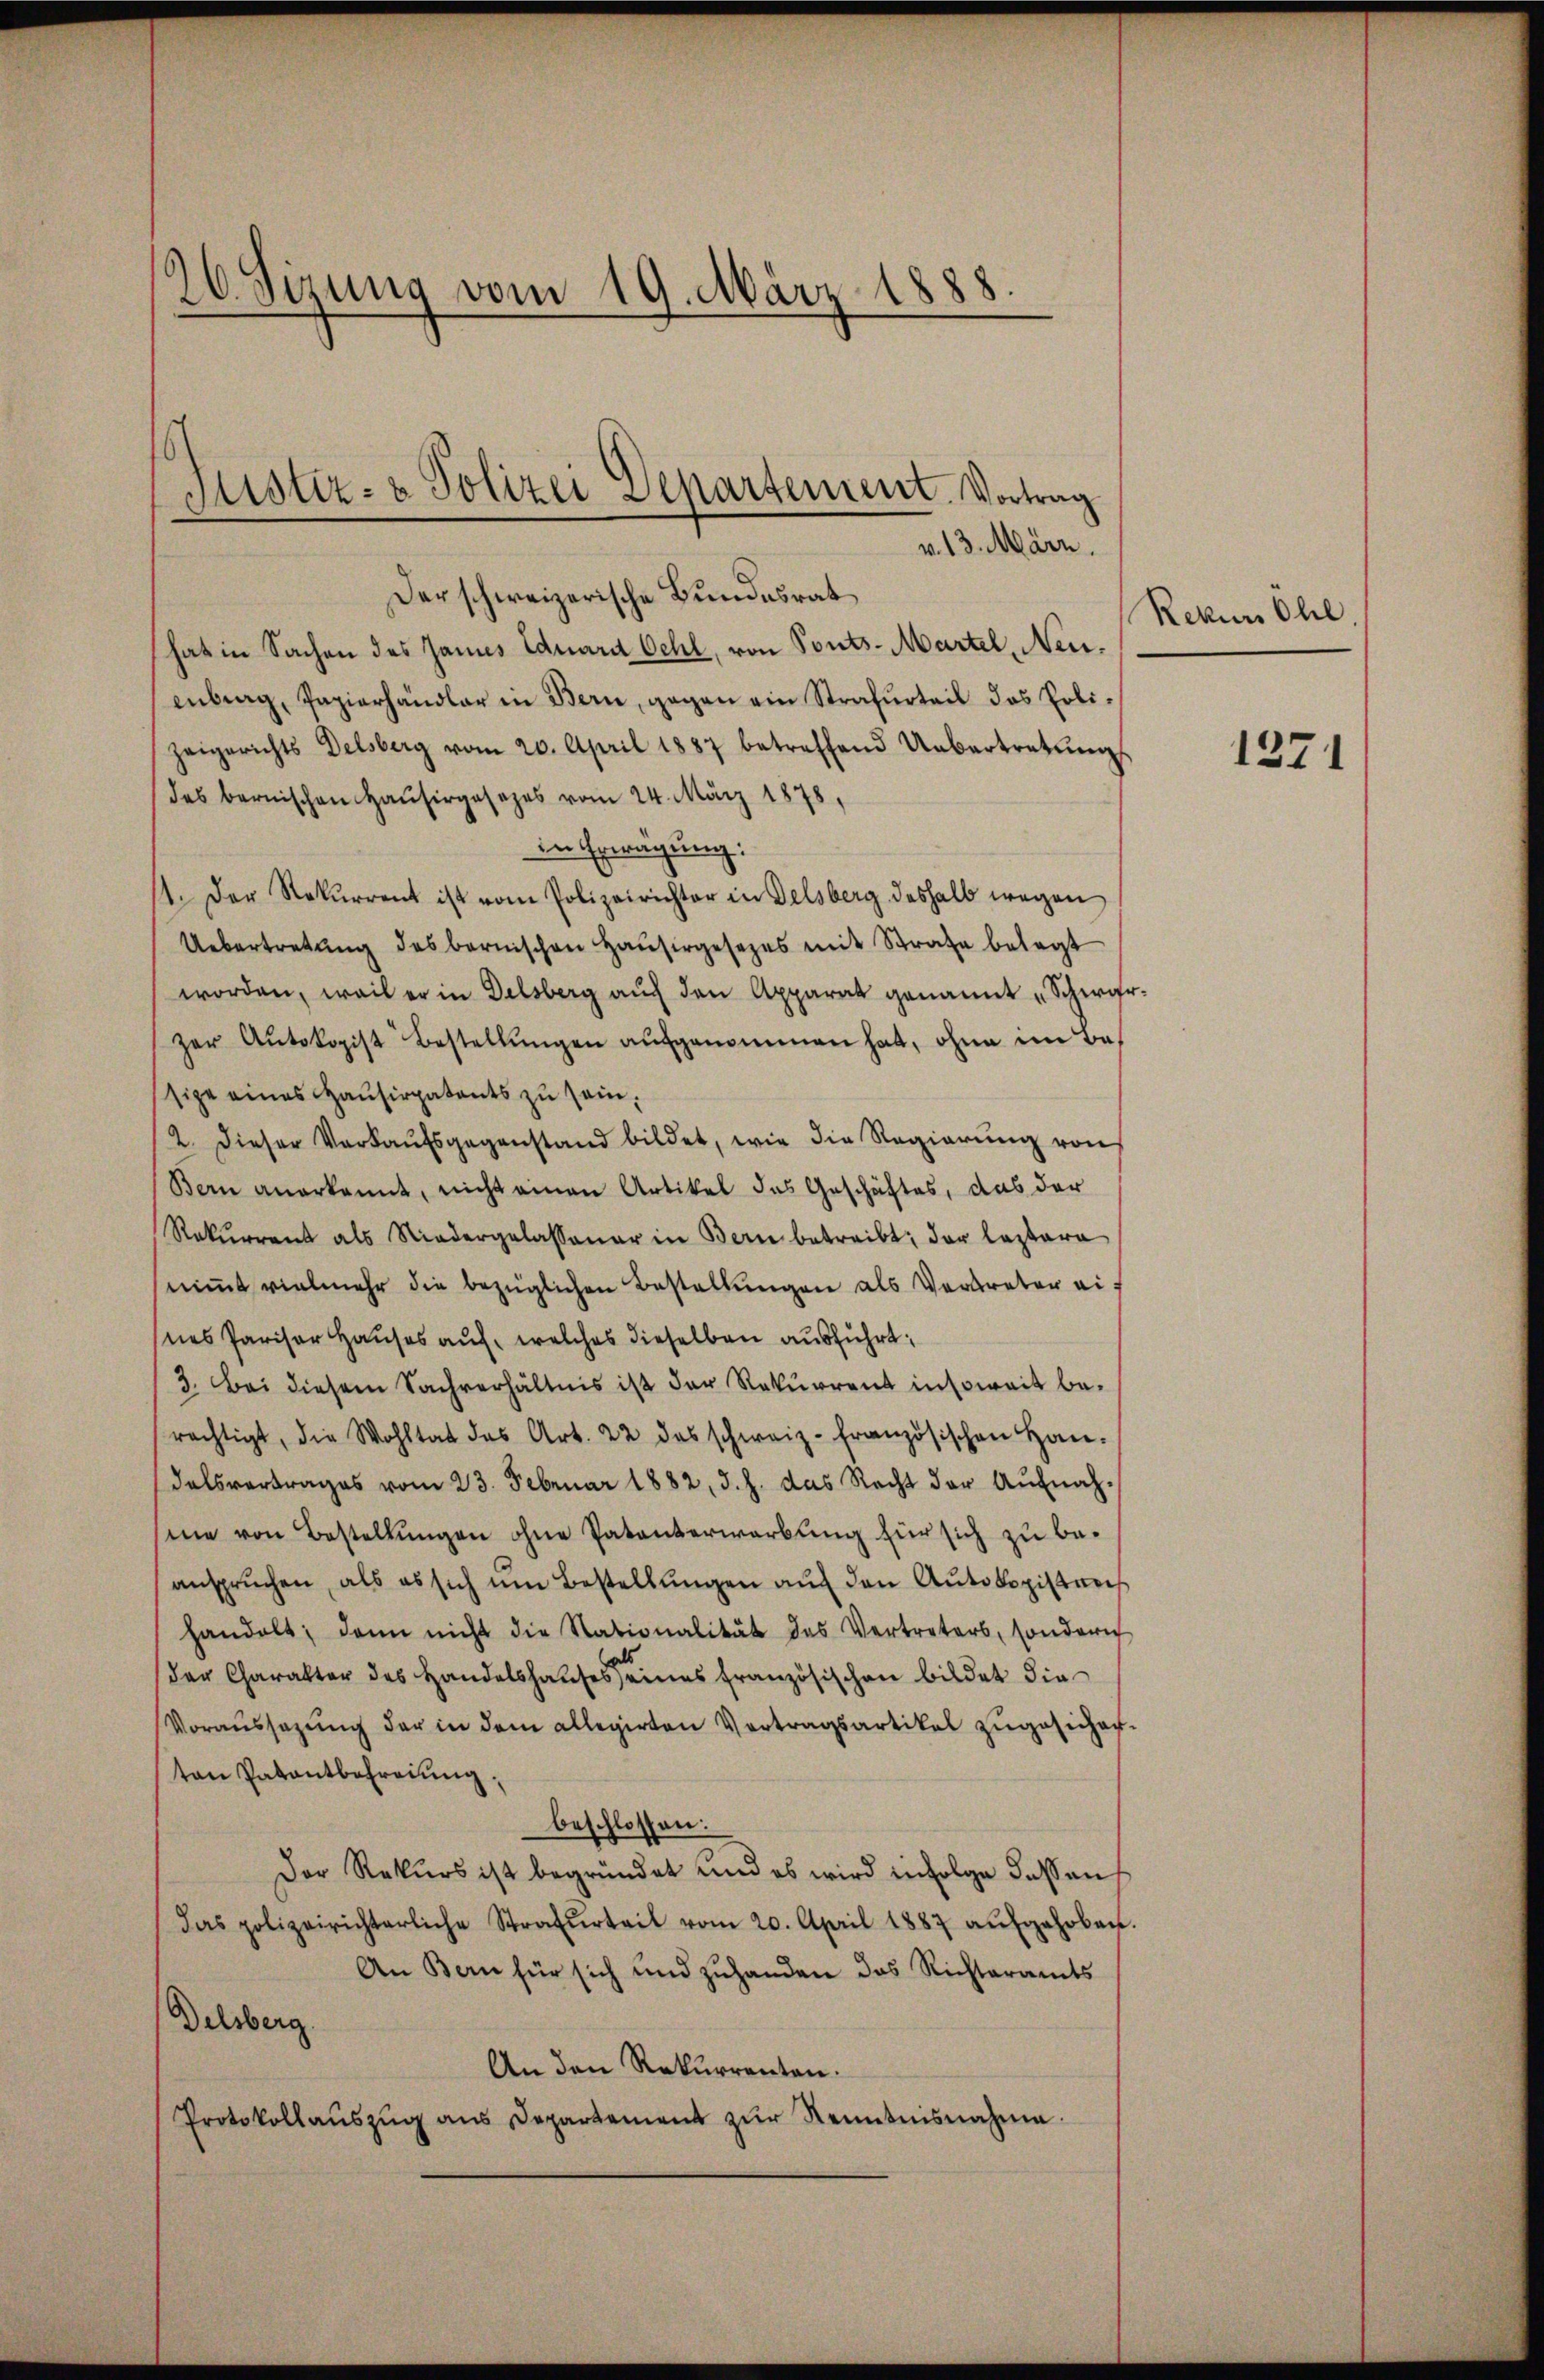
2
16. Sizung vom 19. März 1888.
.
Fister- & Polizei Departement. Vortrag
v. 13. März.

Der schweizerische Bundesrat
hat in Sachen des Jannes Eduard Oehl, von Ponts-Martel, Neuenberg, Papierhändler in Bern, gegen ein Strafurteil das Polizeigerichts Delsberg vom 20. April 1887 betreffend Uebertretŭngs
des bernischen Hausirgesezes vom 24. März 1878,
in Erwägung:
11. Der Rekurrent ist vom Polizeirichter in Felsberg deshalb wegen
Uebertretŭng des bernischen Haŭsergesetzes mit Strafe belagt
worden, weil er in Delsberg auf den Apparat genannt „Schwazer Aŭtokopist Bestellungen aufgenommen hat, ohne im Besige eines Hausirpatents zu sein,
2. dieser Verkaŭfsgegenstand bildet, wie die Regierŭng von
Bern anerkannt, nicht einen Artikel des Geschäftes, das der
Rekŭrrenz als Niedergelassener in Bern betreibt; der Caspara
nimmt vielmehr die bezüglichen Bestellungen als Vertreter ei
nes Pariser Hauses auf, welches dieselben ausführt,
3. Bei diesem Sachverhältnis ist der Rekurrent insoweit berächtigt, die Wohltat des Art. 22 des schweiz. französischen Han-
dalsvertrages vom 23. Februar 1882, J. J. das Recht der Aŭfnahme von Bestellŭngen ohne Patenterwerbung für sich zu beansprŭchen, als es sich um Bestellŭngen aŭf den Aŭtologistrech
handelt; dann nicht die Nationalität das Vertreters, sondern
der Charakter des Handelshauses eines französischen bildet die
Voraussagŭng der in dem allegirten Vertragsartikel zugesicher.
ten Patentbehreiung,
beschlossen:
Der Rekŭrs ist begründet und es wird infolge dassen
das polizeirichterliche Strafurteil vom 20. April 1887 aŭfgehoben
An Bern für sich und zuhanden das Richteramts
Delsberg.
An den Rekurrenten.
Protokollaŭszŭg ans Departement zŭr Kenntnisnahme.

Rekurs Ohl

1271